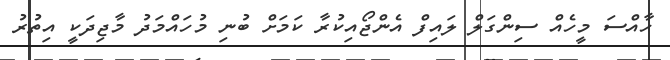
ހާއްސަ މީހެއް ސިންގަލް ލައިފް އެންޖޯއިކުރާ ކަމަށް ބުނި މުހައްމަދު މާޖިދަކީ އިތުރު